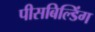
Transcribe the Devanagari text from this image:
पीसबिल्डिंग